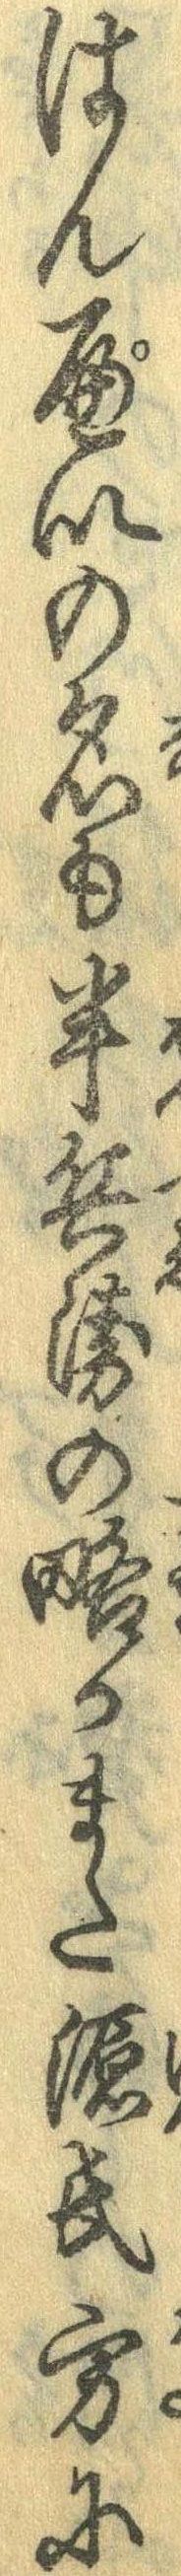
はんぺいの名も半兵衛の略かまた源氏方に